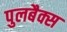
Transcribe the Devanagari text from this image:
पुलबैक्स